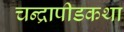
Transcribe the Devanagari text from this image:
चन्द्रापीडकथा